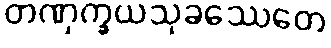
တဏှက္ခယသုခဿေတေ